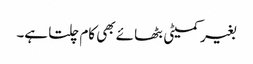
بغیر کمیٹی بٹھائے بھی کام چلتا ہے۔